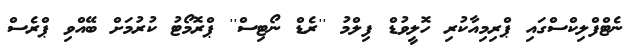
ނެޓްފްލިކްސްގައި ޕްރިމިއާކުރި ހޮލީވުޑް ފިލްމު ''ރެޑް ނޯޓިސް'' ޕްރޮމޯޓު ކުރުމަށް ބޭއްވި ޕްރެސް